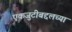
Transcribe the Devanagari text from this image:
एकजुटीबद्दलच्या